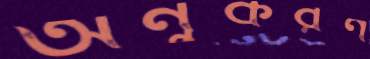
অনুকরণ